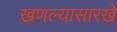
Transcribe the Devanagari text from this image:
खणल्यासारखे